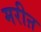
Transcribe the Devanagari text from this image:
मरीऩ